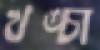
খঙ্চা